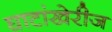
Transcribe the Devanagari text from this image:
घाटांखेरीज